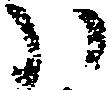
ハ